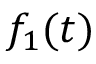
f _ { 1 } ( t )